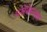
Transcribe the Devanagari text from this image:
ग्लोमेरूलस